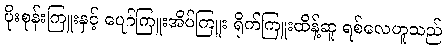
ပိုးစုန်းကြူးနှင့် ပျော်ကြူးအိပ်ကြူး ရိုက်ကြူးထိန့်ဆူ ရစ်လေဟူသည်